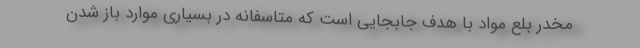
مخدر بلع مواد با هدف جابجایی است که متاسفانه در بسیاری موارد باز شدن